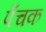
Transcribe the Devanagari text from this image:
पँचक